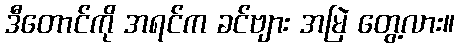
ဒီတောင်ကို အရင်က ခင်ဗျား အမြဲ တွေ့လား။